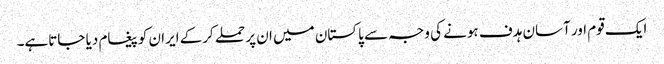
ایک قوم اور آسان ہدف ہونے کی وجہ سے پاکستان میں ان پر حملے کرکے ایران کو پیغام دیا جاتاہے۔